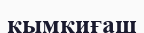
қымқиғаш